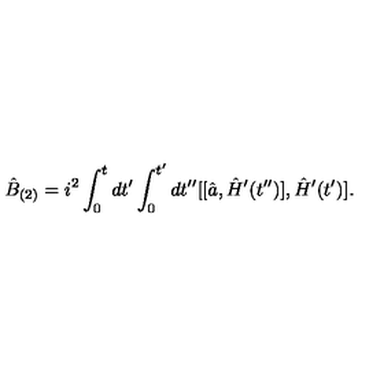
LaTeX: \hat { B } _ { ( 2 ) } = i ^ { 2 } \int _ { 0 } ^ { t } d t ^ { \prime } \int _ { 0 } ^ { t ^ { \prime } } d t ^ { \prime \prime } [ [ \hat { a } , \hat { H } ^ { \prime } ( t ^ { \prime \prime } ) ] , \hat { H } ^ { \prime } ( t ^ { \prime } ) ] .